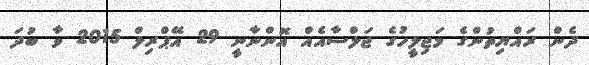
ދެން ރައްޔިތުންގެ މަޖިލީހުގެ ޖަލްސާއެއް އޮންނާނީ 29 އޭޕްރިލް 2015 ވާ ބުދަ